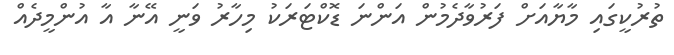
ތުރުކީގައި މާޔާއަށް ފަރުވާދެމުން އަންނަ ޑޮކްޓަރަކު މިހާރު ވަނީ އޭނާ އާ އުންމީދެއް